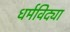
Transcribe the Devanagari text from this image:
धर्मविद्या